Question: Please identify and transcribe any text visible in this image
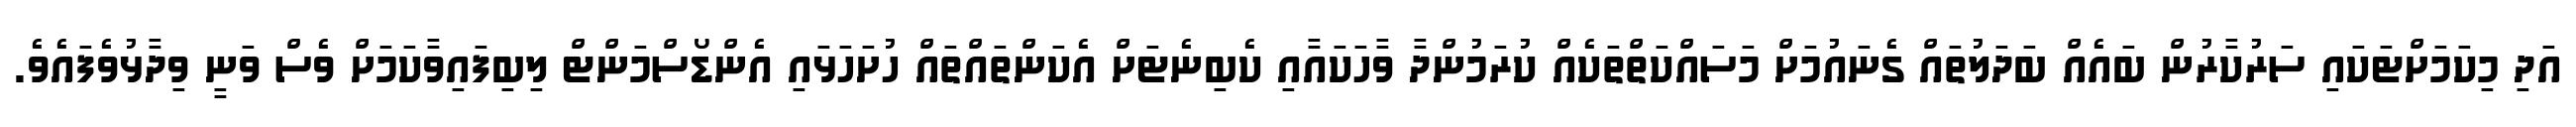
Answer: އަދި މިކަމަށްޓަކައި ސަރުކާރުން ބައެއް ބަދަލުތައް ގެނައުމަށް މަސައްކަތްތަކެއް ކުރަމުންދާ ވާހަކައާއި ކެބިނެޓަށް އެކަންތައްތައް ހުށަހަޅައި އެންޑޯސްމަންޓް ލިބިފައިވާކަމަށް ވެސް ވަނީ ވިދާޅުވެފައެވެ.